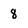
Character: 8